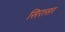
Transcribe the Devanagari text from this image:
सिरासर